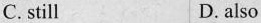
C. still D. also